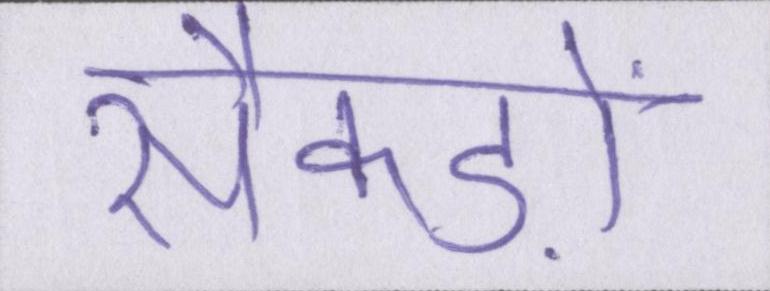
सैकड़ों